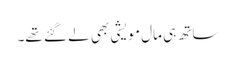
ساتھ ہی مال مویشی بھی لے گئے تھے۔